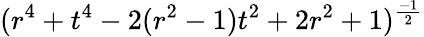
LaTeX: (r^{4}+t^{4}-2(r^{2}-1)t^{2}+2r^{2}+1)^{\frac{-1}{2}}